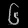
Digit: ၆